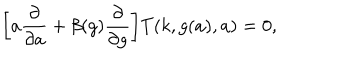
\biggr [ a \frac { \partial } { \partial a } + \beta ( g ) \frac { \partial } { \partial g } \biggr ] T ( k , g ( a ) , a ) = 0 ,